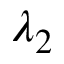
\lambda _ { 2 }